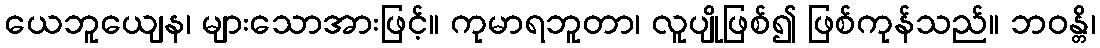
ယေဘူယျေန၊ များသောအားဖြင့်။ ကုမာရဘူတာ၊ လူပျိုဖြစ်၍ ဖြစ်ကုန်သည်။ ဘဝန္တိ၊